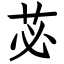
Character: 苾